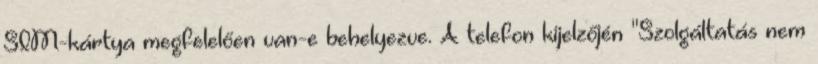
SIM-kártya megfelelően van-e behelyezve. A telefon kijelzőjén "Szolgáltatás nem